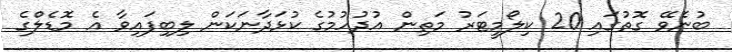
ބުނެވޭ ގޮތުގައި 20 ކިލޯމީޓަރު މަތިން އުދުހުމުގެ ކުޅަދާނަކަން ލިބިފައިވާ އެ މޮޑެލްގެ